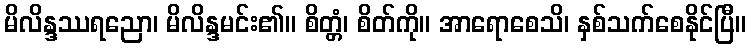
မိလိန္ဒဿရညော၊ မိလိန္ဒမင်း၏။ စိတ္တံ၊ စိတ်ကို။ အာရောစေသိ၊ နှစ်သက်စေနိုင်ပြီ။